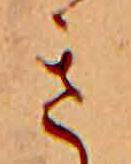
き